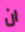
ان